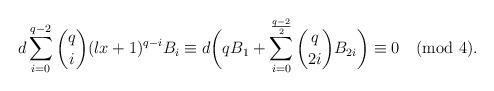
LaTeX: \begin{align*}d\sum\limits_{i=0}^{q-2}\binom {q} {i}(lx+1)^{q-i}B_{i}\equiv d \bigg(q B_{1}+\sum\limits_{i=0}^{\frac{q-2}{2}}\binom {q} {2i}B_{2i}\bigg) \equiv0\pmod{4}.\end{align*}